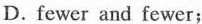
D. fewer and fewer;